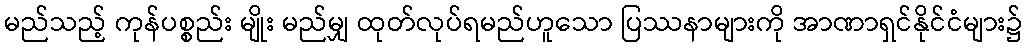
မည်သည့် ကုန်ပစ္စည်း မျိုး မည်မျှ ထုတ်လုပ်ရမည်ဟူသော ပြဿနာများကို အာဏာရှင်နိုင်ငံများ၌